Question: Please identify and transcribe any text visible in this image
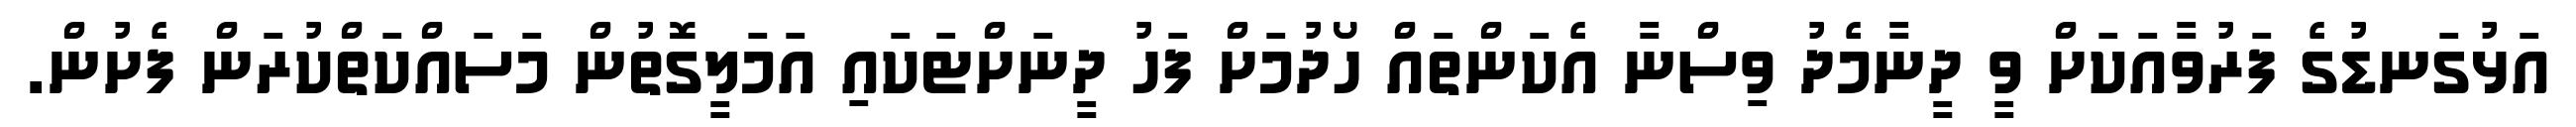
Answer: އަޅުގަނޑުގެ ފަރުވާއަކަށް ވީ ދީނާމެދު ވިސްނާ އެކަންތައް ހޯދުމަށް ފަހު ދީނަށްޓަކައި އަމަލީގޮތުން މަސައްކަތްކުރަން ފެށުން.